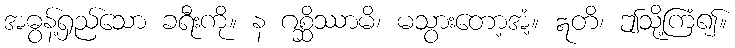
အဓွန့်ရှည်သော ခရီးကို။ န ဂစ္ဆိဿာမိ၊ မသွားတော့အံ့။ ဣတိ၊ ဤသို့ကြံ၍။